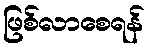
ဖြစ်လာစေရန်